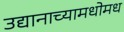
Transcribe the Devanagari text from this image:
उद्यानाच्यामधोमध